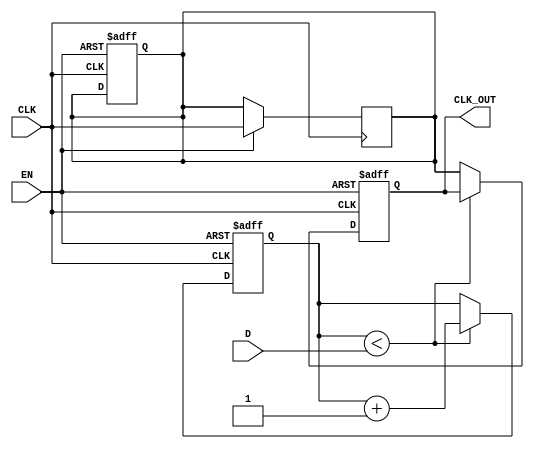
module DelayClockBuffer (
    input wire CLK,         // Input clock signal
    input wire EN,          // Enable signal
    input wire [3:0] D,     // Delay control (4-bit for up to 15 clock cycles delay)
    output reg CLK_OUT      // Delayed clock output
);

    reg [3:0] counter;      // Counter for delay
    reg delayed_clk;        // Intermediate delayed clock signal

    // Process to handle the clock delay
    always @(posedge CLK or negedge EN) begin
        if (!EN) begin
            // If not enabled, hold the output stable (can be set to 0 or 1)
            CLK_OUT <= 1'b0; // Stable state when disabled
            counter <= 4'b0;  // Reset counter
            delayed_clk <= 1'b0; // Reset delayed clock
        end else begin
            // If enabled, increment the counter
            if (counter < D) begin
                counter <= counter + 1;
            end else begin
                // After the specified delay, output the delayed clock
                CLK_OUT <= delayed_clk;
            end
        end
    end

    // Process to capture the delayed clock signal
    always @(posedge CLK) begin
        if (EN) begin
            // Capture the clock signal after the specified delay
            delayed_clk <= CLK;
        end
    end

endmodule